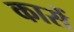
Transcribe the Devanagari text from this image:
कासें